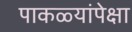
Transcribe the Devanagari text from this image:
पाकळ्यांपेक्षा